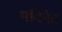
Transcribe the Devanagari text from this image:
मदिनेत